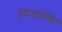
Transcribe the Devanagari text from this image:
पिनकस